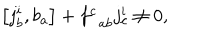
\left[ j _ { b } ^ { i } , b _ { a } \right] + f _ { \; \; a b } ^ { c } j _ { c } ^ { i } \neq 0 ,